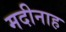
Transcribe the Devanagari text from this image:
मदीनाह